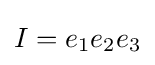
I=e_{1}e_{2}e_{3}